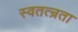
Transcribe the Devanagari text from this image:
स्वतत्न्रता